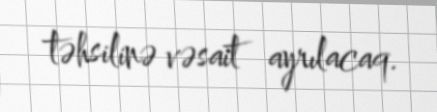
təhsilinə vəsait ayrılacaq.